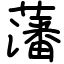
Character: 藩